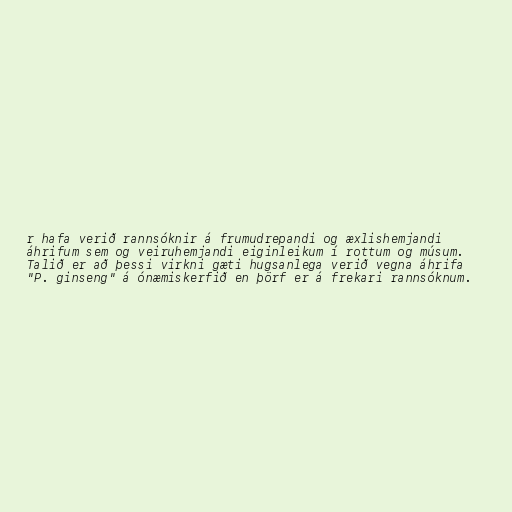
r hafa verið rannsóknir á frumudrepandi og æxlishemjandi
áhrifum sem og veiruhemjandi eiginleikum í rottum og músum.
Talið er að þessi virkni gæti hugsanlega verið vegna áhrifa
"P. ginseng" á ónæmiskerfið en þörf er á frekari rannsóknum.